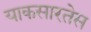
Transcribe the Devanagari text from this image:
याकसारतेस